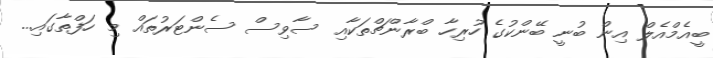
ބީއެމްއެލް އިން ބުނީ ބޭންކުގެ ހުރިހާ ބްރާންޗްތަކާއި ސާވިސް ސެންޓަރުތައް މި ހަފްތާގައި...